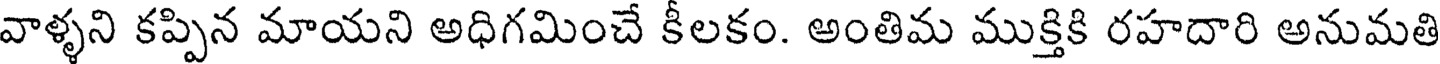
వాళ్ళని కప్పిన మాయని అధిగమించే కీలకం. అంతిమ ముక్తికి రహదారి అనుమతి